system: You are a helpful assistant.
user:
Analyze the provided spectrum to determine if it is a **S-type Star**.

- **Key Indicators for S-type Star:**

    - **(Overall Spectrum Shape):** The first and most obvious characteristic is the overall continuum (the "baseline" shape). It is **extremely "red-sloping,"** meaning the flux (light intensity) is very low on the left side (blue, ~4000-4500 Å) and rises steeply and continuously toward the right side (red, ~7000 Å+).

    - **(Primary):** The spectrum is defined by the presence of strong, broad molecular absorption "valleys" (bands) from **Zirconium Oxide (ZrO)**. The identification of these bands is the **primary requirement** for classifying a star as S-type.
        - **(Key Bandheads):** You must find distinct, deep "dips" where the light has been absorbed. The most critical band systems to locate are:
            - **~6474 Å** ($\gamma$-system): This is often the strongest and clearest ZrO feature, found in the red part of the spectrum.
            - **~5718 Å** & **~5551 Å** ($\beta$-system): A pair of prominent absorption features in the yellow-orange part of the spectrum.
            - **~4640 Å** ($\alpha$-system): A key absorption band system in the blue-green region of the spectrum.

    - **(Secondary Confirmation):** The classification is strengthened by finding additional absorption bands from other related heavy element oxides, which are expected to be present alongside ZrO.
        - **(Key Bandheads):**
            - **Yttrium Oxide (YO):** Look for absorption dips near **~4800 Å** and **~6100 Å**.
            - **Lanthanum Oxide (LaO):** Additional absorption features, particularly in the red-orange part of the spectrum, are also characteristic.

    - **(Line Profile):** The combination of the steep red continuum and these numerous, deep molecular bands (ZrO, YO, etc.) gives the entire spectrum a very **"chopped-up"** or **"bumpy"** appearance. Instead of a smooth curve, the spectrum looks as though large, wide chunks of light have been "carved out" of it at the specific wavelengths listed above.

Think first, call **spectral_visualization_tool** if needed to examine features in detail, then provide your final answer. Your response must adhere to the following strict rules:
1.  **Overall Structure:** Your response must follow the format `<think>...</think> <tool_call>...</tool_call> (if a tool is used) <answer>...</answer>`.
2.  **Tool Usage Constraint:** You may only make **one** tool call per turn.
3.  **Final Answer Format:** In the `<answer>` tag, your conclusion must be inside a `\boxed{}` command (e.g., `\boxed{YES}` or `\boxed{NO}`), followed by your justification.

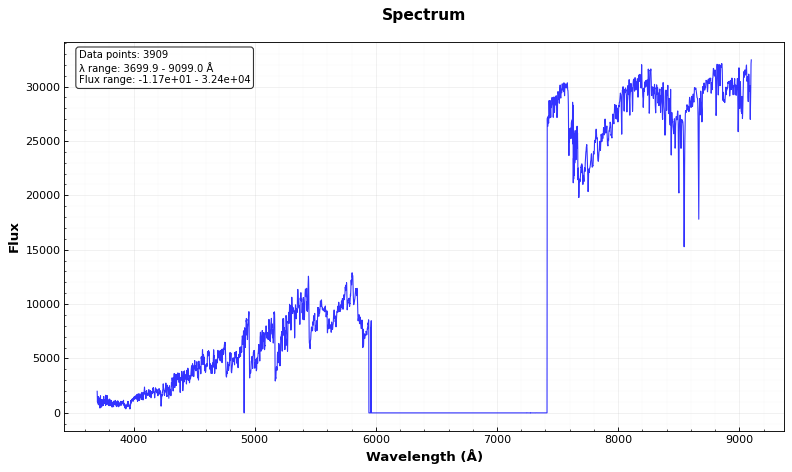
Answer: YES